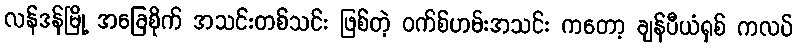
လန်ဒန်မြို့ အခြေစိုက် အသင်းတစ်သင်း ဖြစ်တဲ့ ဝက်စ်ဟမ်းအသင်း ကတော့ ချန်ပီယံရှစ် ကလပ်